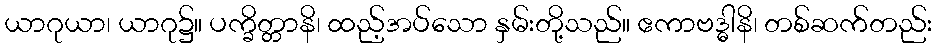
ယာဂုယာ၊ ယာဂု၌။ ပက္ခိတ္တာနိ၊ ထည့်အပ်သော နှမ်းတို့သည်။ ဧကာဗဒ္ဓါနိ၊ တစ်ဆက်တည်း